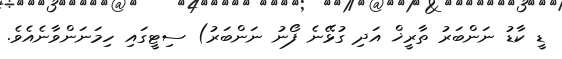
ޑީ ކާޑު ނަންބަރު ތާރީޚް އަދި ގުޅޭނެ ފޯނު ނަންބަރު) ސިޓީގައި ހިމަނަންވާނެއެވެ.